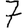
Digit: 7